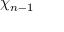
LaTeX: \chi _ { n - 1 }